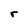
Character: r